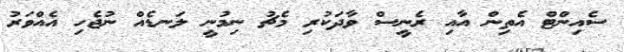
ސެއިންޓް އެތިން އާއި ރެނީސް ވާދަކުރި މެޗު ނިމުނީ ލަނޑެއް ނުޖެހި އެއްވަރު